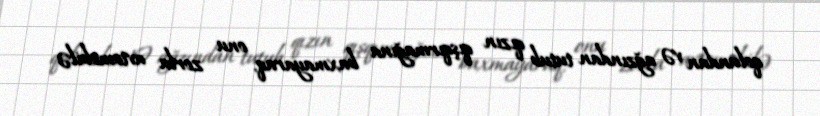
qolundan və ağzından tutub qızın qışqırmağına baxmayaraq, onu zorla avtomobilə